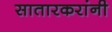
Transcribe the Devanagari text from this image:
सातारकरांनी